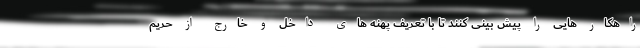
راهکار هایی را پیش بینی کنند تا با تعریف پهنه های داخل و خارج از حریم